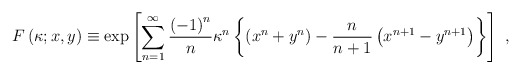
\begin{align*}F\left(\kappa;x,y\right)\equiv\exp\left[\sum^\infty_{n=1}{\left(-1\right)^n\over n}\kappa^n\left\{\left( x^n+y^n\right)-{n\over n+1}\left( x^{n+1}-y^{n+1}\right)\right\}\right]\ ,\end{align*}